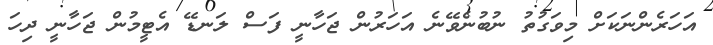
އަހަރެންނަކަށް މިވަގުތު ނުބުނެވޭނެ އަހަރުން ޖަހާނީ ފަސް ލަނޑޭ އެޓީމުން ޖަހާނީ ދިހަ